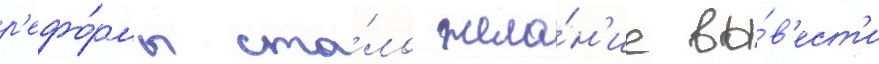
р'ефо́рмы ста́ло жела́н'ие вы́в'ест'и